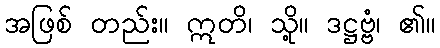
အဖြစ် တည်း။ ဣတိ၊ သို့။ ဒဋ္ဌဗ္ဗံ၊ ၏။